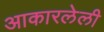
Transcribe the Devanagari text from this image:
आकारलेली